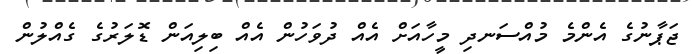
ޖަޕާނުގެ އެންމެ މުއްސަނދި މީހާއަށް އެއް ދުވަހުން އެއް ބިލިއަން ޑޮލަރުގެ ގެއްލުން